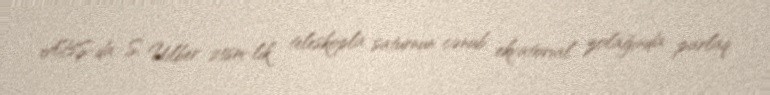
ABŞ-da S. Uilber 25sm-lik teleskopla saturnun cənub ekvatorial zolağında parlaq